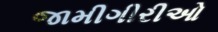
જામીગીરીઓ